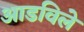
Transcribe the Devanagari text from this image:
आडविले